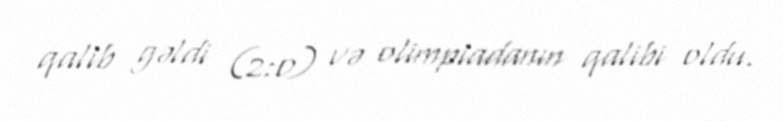
qalib gəldi (2:0) və olimpiadanın qalibi oldu.